Civil Veterinary Department Bihar & Orissa reports 1911-21 - 1911-1921
Year: 1911
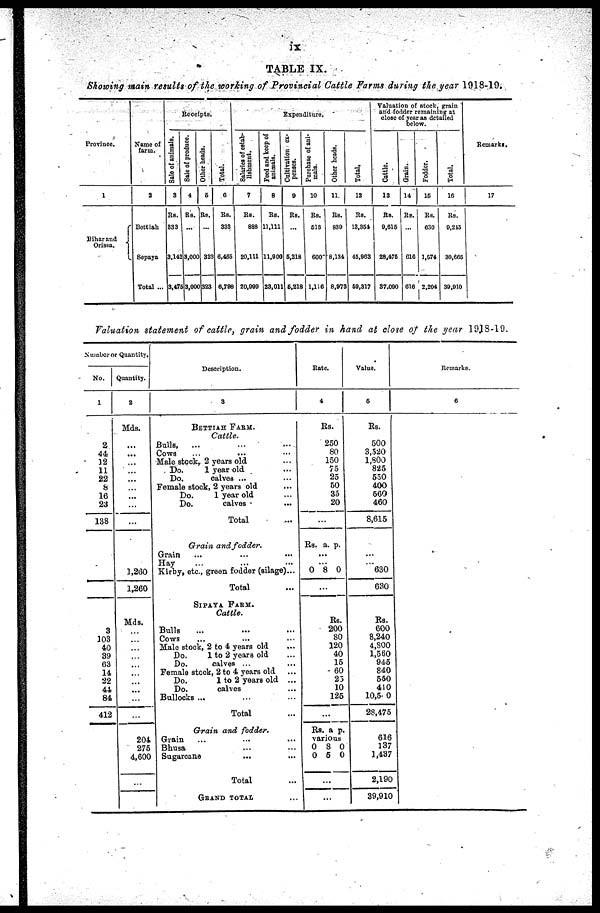
ix
TABLE IX.
Showing main results of the working of Provincial Cattle Farms during the year 1918-19.
Province.
1
Bihar and
Orissa.
Name of
farm.
2
Bettiah
Sepaya
Total ...
Receipts.
Sale of animals.
3
Rs.
333
3,142
3,475
Sale of produce.
4
Rs.
...
3,000
3,000
Other heads.
5
Rs.
...
323
323
Total.
6
Rs.
333
6,465
6,798
Expenditure.
Salaries of estab
lishment.
7
Rs.
888
20,111
20,999
Feed and keep of
animals.
8
Rs.
11,111
11,900
23,011
Cultivation ex
penses.
9
Rs.
...
5,218
5,218
Purchase of ani
mals.
10
Rs.
518
600
1,116
Other heads.
11
Rs.
839
8,134
8,973
Total.
12
Rs.
13,354
45,983
59,317
Valuation of stock, grain
and fodder remaining at
close of year as detailed
below.
Cattle.
13
Rs.
9,615
28,475
37,090
Grain.
14
Rs.
...
610
616
Fodder.
15
Rs.
630
1,574
2,204
Total.
16
Rs.
9,215
30,665
39,910
Remarks.
17
Valuation statement of cattle, grain and fodder in hand at close of the year 1918-19.
Number or Quantity,
No.
1
2
44
12
11
22
8
16
23
138
3
103
40
39
63
14
32
44
84
412
Quantity.
2
Mds.
…
...
…
...
…
…
…
…
...
1,260
1,260
Mds.
…
…
…
…
…
…
…
…
…
…
201
275
4,600
…
Description.
3
BETTIAH FARM.
Cattle.
Bulls,
... … …
Cows … … …
Male stock, 2 years old …
Do.
1 year old …
Do.
calvea ... …
Female stock, 2 years old …
Do.
1 year old …
Do.
calves
...
Total …
Grain and fodder.
Grain … … …
Hay … … …
Kirby, etc., green fodder (silage)...
Total …
SlPAYA FARM.
Cattle.
Bulls … … …
Cows … … …
Male stock, 2 to 4 years old …
Do.
1 to 2 years old …
Do.
calves ... …
Female stock, 2 to 4 years old …
Do.
1 to 2 years old ...
Do.
calves …
Bullocks ... … …
Total …
Grain and
fodder.
Grain … … …
Bhusa … … …
Sugarcane
...
...
Total …
GRAND TOTAL …
Bate.
4
Rs.
250
80
150
75
25
50
35
20
…
Rs. a. p.
...
0 8 0
...
Rs.
200
80
120
40
15
60
25
10
125
...
Rs. a p.
various
0
8 0
0 5 0
...
...
Value.
5
Rs.
500
3,520
1,800
825
550
400
560
460
8,615
...
630
630
Rs.
600
8,240
4,800
1,560
945
840
550
410
10,5∙ 0
28,475
616
137
1,437
2,190
39,910
Remarks.
6